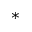
*